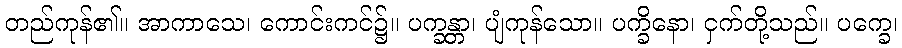
တည်ကုန်၏။ အာကာသေ၊ ကောင်းကင်၌။ ပက္ခန္တာ၊ ပျံကုန်သော။ ပက္ခိနော၊ ငှက်တို့သည်။ ပက္ခေ၊